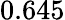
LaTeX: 0.645